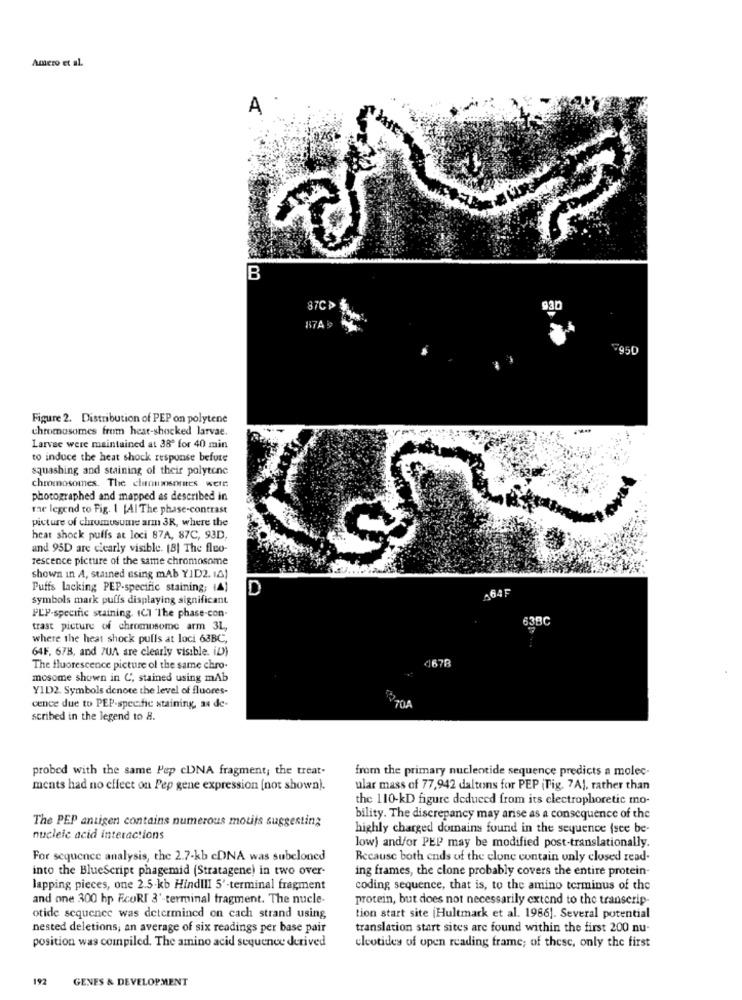
Amero et al.
A
B
87C >3
9.30
874 9
F950
Figure 2. Distribution of PEP on polytene
chromosomes from heat-shocked larvae.
Larvae were maintained at 38º for 40 min
to induce the heat shock response before
squashing and staining of their polytene
chromosomes. The claonssores were
photographed and mapped as described in
rae legend to Fig. 1 [Al The phase-contrast
picture of chrumusume arm 3R, where the
heat shock puffs at loci 87A, 87C, 93D,
and 95D are clearly visible. [8] The fluo-
rescence picture of the same chromosome
shown in A, stained using mAb YID2. 14)
Puffs lacking PEP-specific staining; (A)
D
64F
symbols mark puffs displaying significant
PLP-specific staining. ICI 'The phase-con-
638C
trast picture of chromosome arm 3L,
where the heat shock pulls at loci 63BC,
64F. 678, and 70A are clearly visible. iD)
<1678
The fluorescence picture of the same chro-
mosome shown in C', stained using mAb
YID2. Symbols denote the level of fluores-
cence due to PEP-specific staining, as de-
scribed in the legend to H.
probed with the same Pep cUNA fragment; the treat.
from the primary nucleotide sequence predicts a molec-
ments had no effect on Pep gene expression [not shown).
ular mass of 77,942 daltons for PEP (Tig. 7A), rather than
the 110-kD figure deduced from its electrophoretic mo-
bility. The discrepancy may arise as a consequence of the
The PEP antigen contains numerous motifs suggesting
highly charged domains found in the sequence (see be-
nucleic acid interactions
low) and/or PEP may be modified post-translationally.
For sequence analysis, the 2.7-kb cDNA was subeloned
Recause both ends of the clone contain unly closed read-
into the BlueScript phagemid (Stratagene) in two over-
ing frames, the clone probably covers the entire protein-
lapping pieces, one 2.5 kb HindIII 5'-terminal fragment
coding sequence, that is, to the amino terminus of the
and one 300 hp FcoRI 3'-terminal fragment. The nucle.
protein, but does not necessarily extend to the transerip-
otide sequence was determined on cach strand using
tion start site (Hultmark et al. 1986). Several potential
nested deletions, an average of six readings per base pair
translation start sites are found within the first 200 nu-
position was compiled. The amino acid sequence derived
cleotides of open reading frame; of these, only the first
192
GENES & DEVELOPMENT